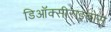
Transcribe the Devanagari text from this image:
डिऑक्सीराइबोस